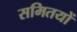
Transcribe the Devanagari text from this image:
समितयों